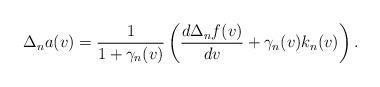
LaTeX: \begin{align*} \Delta_na(v)=\frac{1}{1+\gamma_n(v)}\left(\frac{d\Delta_nf(v)}{dv}+\gamma_n(v)k_n(v)\right).\end{align*}